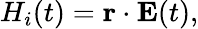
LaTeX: \begin{array}{r}{H_{i}(t)=\mathbf{r}\cdot\mathbf{E}(t),}\end{array}